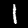
Digit: 1